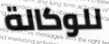
للوكالة